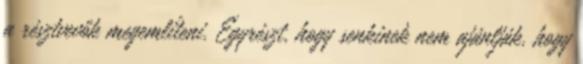
a résztvevők megemlíteni. Egyrészt, hogy senkinek nem ajánlják, hogy